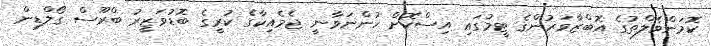
ކޮމަންވެލްތުގެ އޮބްޒާވަރުންގެ ޓީމުގައި އިސްކޮށް ހުންނަވާނީ ޖެމެއިކާގެ ކުރީގެ ބޮޑުވަޒީރު ބްރޫސް ގޯލްޑިން